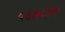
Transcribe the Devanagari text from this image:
५६७८३०